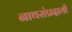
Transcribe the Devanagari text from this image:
नाथसंप्रदायी